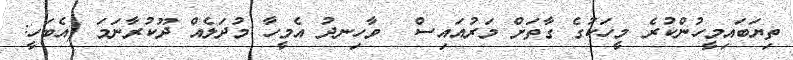
ތިޔަބައިމީހުންކުރެ މީހަކުގެ ގާތަށް މަރުއައިސް  ވާހިނދު އެމީހާ މުދަލެއް ދޫކުރާނަމަ (އެބަހީ: